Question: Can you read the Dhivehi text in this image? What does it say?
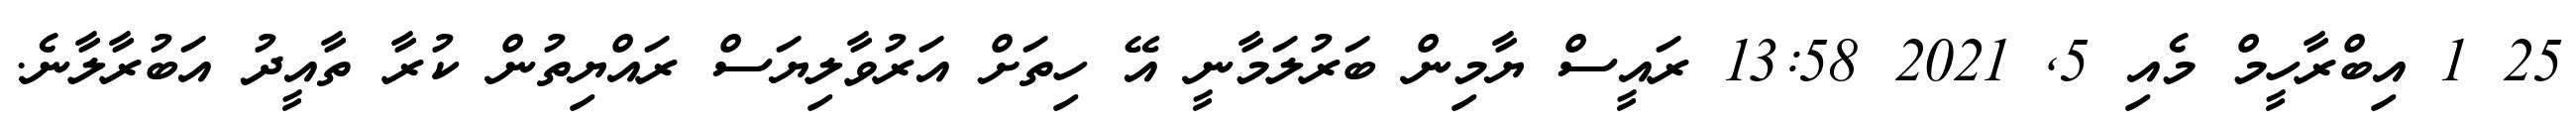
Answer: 25 1 އިބްރާހީމް މެއި 5, 2021 13:58 ރައީސް ޔާމިން ބަރުލަމާނީ އޭ ހިތަށް އަރުވާލިޔަސް ރައްޔިތުން ކުރާ ތާއީދު އަބުރާލާނެ.